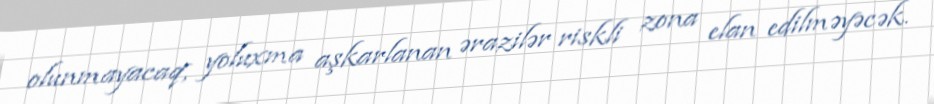
olunmayacaq, yoluxma aşkarlanan ərazilər riskli zona elan edilməyəcək.